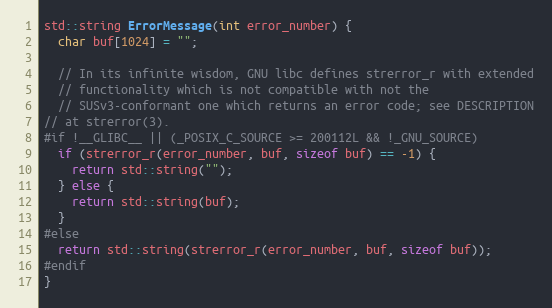
Language: C++
std::string ErrorMessage(int error_number) {
  char buf[1024] = "";

  // In its infinite wisdom, GNU libc defines strerror_r with extended
  // functionality which is not compatible with not the
  // SUSv3-conformant one which returns an error code; see DESCRIPTION
// at strerror(3).
#if !__GLIBC__ || (_POSIX_C_SOURCE >= 200112L && !_GNU_SOURCE)
  if (strerror_r(error_number, buf, sizeof buf) == -1) {
    return std::string("");
  } else {
    return std::string(buf);
  }
#else
  return std::string(strerror_r(error_number, buf, sizeof buf));
#endif
}